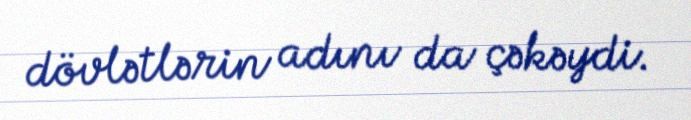
dövlətlərin adını da çəkəydi.